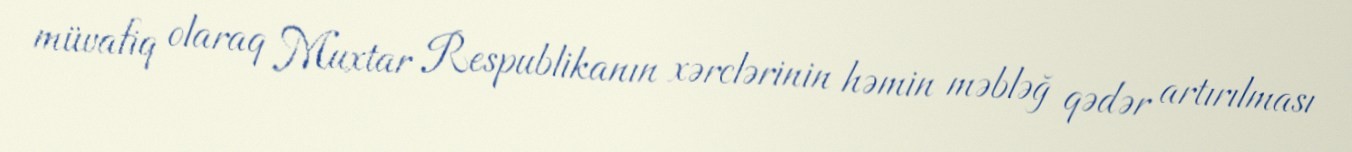
müvafiq olaraq Muxtar Respublikanın xərclərinin həmin məbləğ qədər artırılması